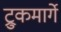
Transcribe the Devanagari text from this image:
ट्रुकमार्गे